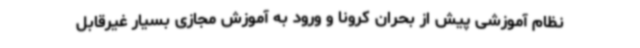
نظام آموزشی پیش از بحران کرونا و ورود به آموزش مجازی بسیار غیرقابل